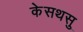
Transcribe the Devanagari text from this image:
केसथसु